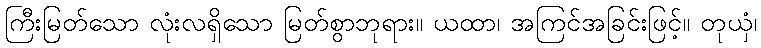
ကြီးမြတ်သော လုံးလရှိသော မြတ်စွာဘုရား။ ယထာ၊ အကြင်အခြင်းဖြင့်။ တုယှံ၊